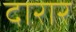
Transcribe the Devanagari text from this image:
दारार